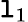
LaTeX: \mathtt{l}_{1}